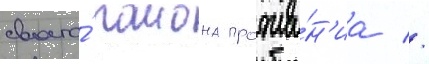
своего́ раиона прожива́н'иа //